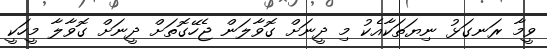
ވީމާ ރަނގަޅު ނިޔަތަކާއެކު މި ދީނަށް ގޮވާލަން ޖެހޭގޮތަށް ދީނަށް ގޮވާލާ މީހަކީ